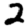
Digit: 2